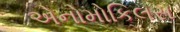
એનોમોકિલસ